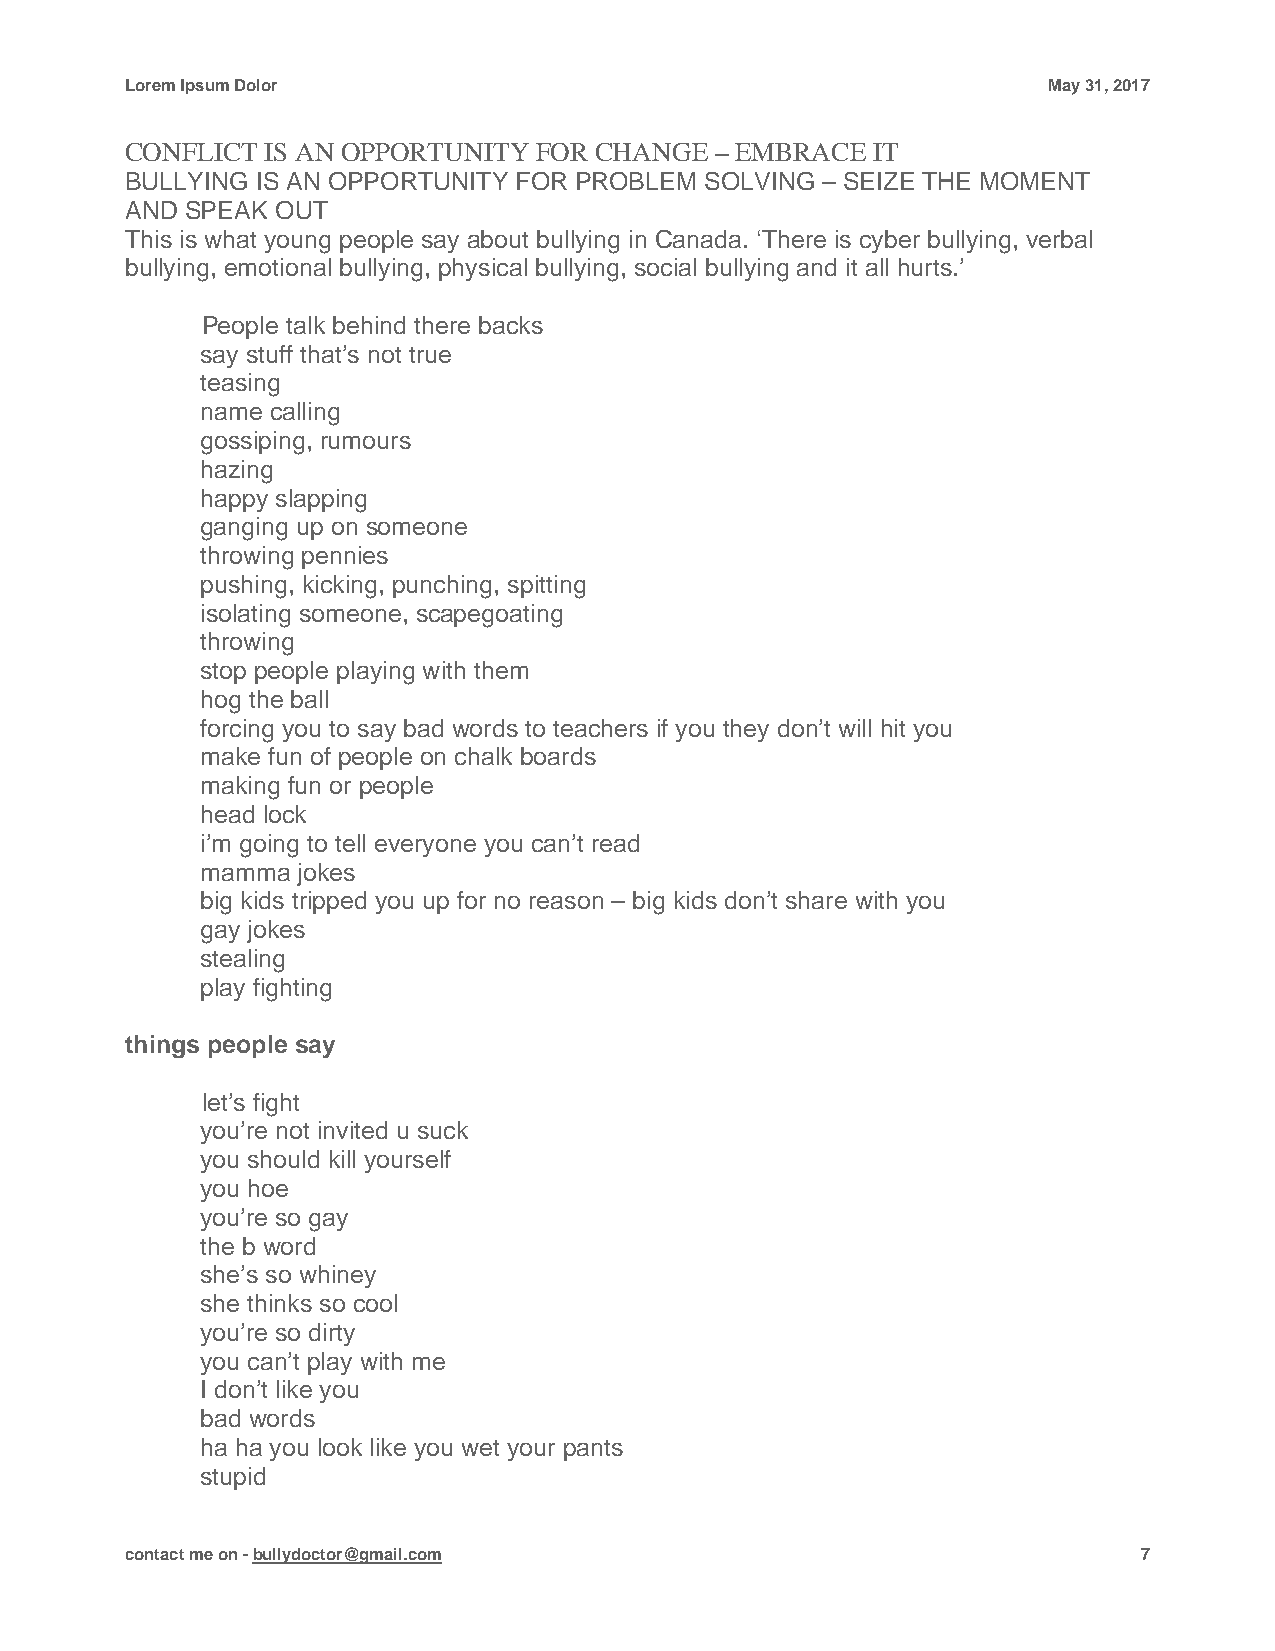
Lorem Ipsum Dolor                                            May 31, 2017
 CONFLICT IS AN OPPORTUNITY FOR CHANGE  – EMBRACE  IT
 BULLYING IS AN OPPORTUNITY FOR PROBLEM SOLVING – SEIZE THE MOMENT
 AND SPEAK OUT
 This is what young people say about bullying in Canada. ‘There is cyber bullying, verbal
 bullying, emotional bullying, physical bullying, social bullying and it all hurts.’
 People talk behind there backs
 say stuff that’s not true
 teasing
 name calling
 gossiping, rumours
 hazing
 happy slapping
 ganging up on someone
 throwing pennies
 pushing, kicking, punching, spitting
 isolating someone, scapegoating
 throwing
 stop people playing with them
 hog the ball
 forcing you to say bad words to teachers if you they don’t will hit you
 make fun of people on chalk boards
 making fun or people
 head lock
 i’m going to tell everyone you can’t read
 mamma  jokes
 big kids tripped you up for no reason – big kids don’t share with you
 gay jokes
 stealing
 play fighting
 things people say
 let’s fight
 you’re not invited u suck
 you should kill yourself
 you hoe
 you’re so gay
 the b word
 she’s so whiney
 she thinks so cool
 you’re so dirty
 you can’t play with me
 I don’t like you
 bad words
 ha ha you look like you wet your pants
 stupid
 contact me on - bullydoctor@gmail.com                               7